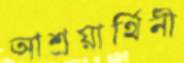
আশ্রয়ার্থিনী